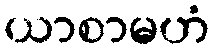
ယာစာမဟံ